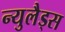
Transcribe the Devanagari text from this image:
न्युलैड्स